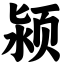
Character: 颍